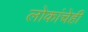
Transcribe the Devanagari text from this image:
लोकांचेही